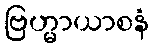
ဗြဟ္မာယာစနံ